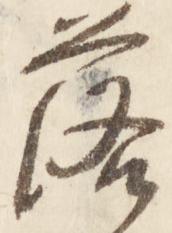
落